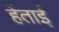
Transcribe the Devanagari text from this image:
हेंताई